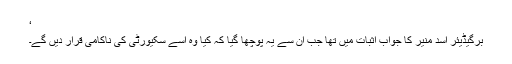
‘
برگیڈیئر اسد منیر کا جواب اثبات میں تھا جب اُن سے یہ پوچھا گیا کہ کیا وہ اِسے سکیورٹی کی ناکامی قرار دیں گے۔